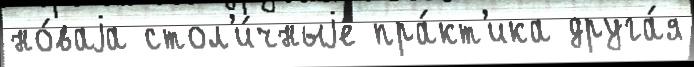
но́ваjа стол'и́чныjе пра́кт'ика друга́я